Civil Veterinary Department Bihar & Orissa reports 1911-21 - 1911-1921
Year: 1911
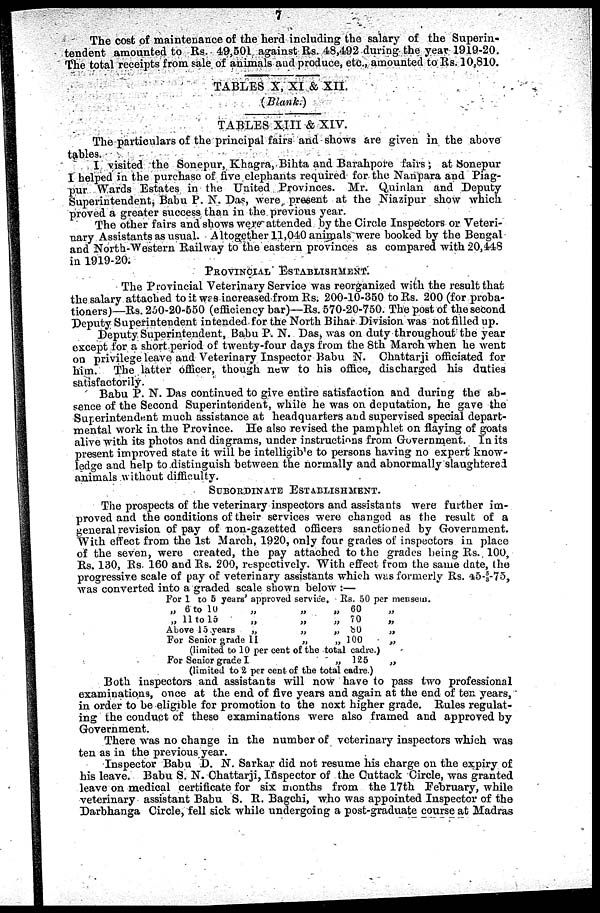
7
The cost of maintenance of the herd including the salary of the Superin-
tendent amounted to Rs. 49,501 against Rs. 48,492 during the year 1919-20.
The total receipts from sale of animals and produce, etc., amounted to Rs. 10,810.
TABLES X, XI & XII.
(Blank.)
TABLES XIII & XIV.
The particulars of the principal fairs and shows are given in the above
tables.
I visited the Sonepur, Khagra, Bihta and Barahpore fairs; at Sonepur
I helped in the purchase of five elephants required for the Nanpara and Piag-
pur Wards Estates in the United Provinces. Mr. Quinlan and Deputy
Superintendent, Babu P. N. Das, were present at the Niazipur show which
proved a greater success than in the previous year.
The other fairs and shows were attended by the Circle Inspectors or Veteri-
nary Assistants as usual. Altogether 11,040 animals were booked by the Bengal
and Nortn-Western Railway to the eastern provinces as compared with 20,448
in 1919-20.
PROVINCIAL
ESTABLISHMENT.
The Provincial Veterinary Service was reorganized with the result that
the salary attached to it was increased from Rs. 200-10-350 to Rs. 200 (for proba-
tioners)—Rs. 250-20-650 (efficiency bar)—Rs. 570-20-750. The post of the second
Deputy Superintendent intended for the North Bihar Division was not filled up.
Deputy Superintendent, Babu P. N. Das, was on duty throughout the year
except for a short period of twenty-four days from the 8th March when he went
on privilege leave and Veterinary Inspector Babu N. Chattarji officiated for
him.
The latter officer, though new to his office, discharged his duties
satisfactorily.
Babu P. N. Das continued to give entire satisfaction and during the ab-
sence of the Second Superintendent, while he was on deputation, he gave the
Superintendent much assistance at headquarters and supervised special depart-
mental work in the Province. He also revised the pamphlet on flaying of goats
alive with its photos and diagrams, under instructions from Government. In its
present improved state it will be intelligible to persons having no expert know-
ledge and help to distinguish between the normally and abnormally slaughtered
animals without difficulty.
SUBORDINATE
ESTABLISHMENT.
The prospects of the veterinary inspectors and assistants were further im-
proved and the conditions of their services were changed as the result of a
general revision of pay of non-gazetted officers sanctioned by Government.
With effect from the 1st March, 1920, only four grades of inspectors in place
of the seven, were created, the pay attached to the grades being Rs.. 100,
Rs. 130, Rs. 160 and Rs. 200, respectively. With effect from the same date, the
progressive scale of pay of veterinary assistants which was formerly Rs. 45-5/3 -75,
was converted into a graded scale shown below :—
For 1 to 5 years approved service, Rs. 50 per mensem.
„ 6 to 10 „
„ 11 to
15
„
Above 15 years
„
For Senior grade 11
„
„
„
„
„ 60
„ 70
„ 80
„ 100
(limited to 10 per cent of the total cadre.)
For Senior grade I
„ 125
(limited to 2 per cent of the total cadre.)
„
„
„
„
„
Both inspectors and assistants will now have to pass two professional
examinations, once at the end of five years and again at the end of ten years,
in order to be eligible for promotion to the next higher grade. Rules regulat-
ing the conduct of these examinations were also framed and approved by
Government.
There was no change in the number of veterinary inspectors which was
ten as in the previous year.
Inspector Babu D. N. Sarkar did not resume his charge on the expiry of
his leave. Babu S. N. Chattarji, Inspector of the Guttack Circle, was granted
leave on medical certificate for six months from the 17th February, while
veterinary assistant Babu S. R. Bagchi, who was appointed Inspector of the
Darbhanga Circle, fell sick while undergoing a post-graduate course at Madras